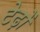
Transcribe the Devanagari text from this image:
टेढ़ों